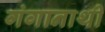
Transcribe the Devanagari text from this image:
गंगानाथी